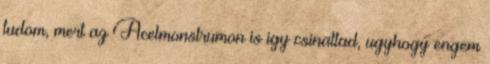
tudom, mert az Acelmonstrumon is igy csinaltad, ugyhogy engem